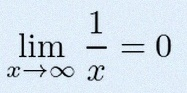
\lim_{x\to\infty}\frac{1}{x}=0